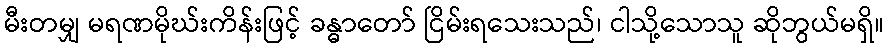
မီးတမျှ မရဏမိုဃ်းကိန်းဖြင့် ခန္ဓာတော် ငြိမ်းရသေးသည်၊ ငါသို့သောသူ ဆိုဘွယ်မရှိ။